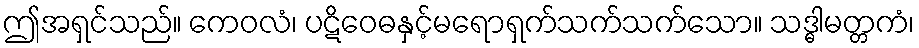
ဤအရှင်သည်။ ကေဝလံ၊ ပဋိဝေဓနှင့်မရောရှက်သက်သက်သော။ သဒ္ဓါမတ္တကံ၊